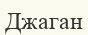
Джаган